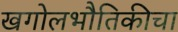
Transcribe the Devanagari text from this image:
खगोलभौतिकीचा